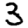
Digit: 3